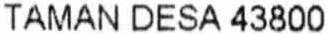
TAMAN DESA 43800